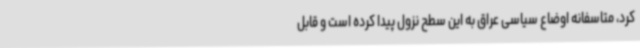
کرد، متاسفانه اوضاع سیاسی عراق به این سطح نزول پیدا کرده است و قابل